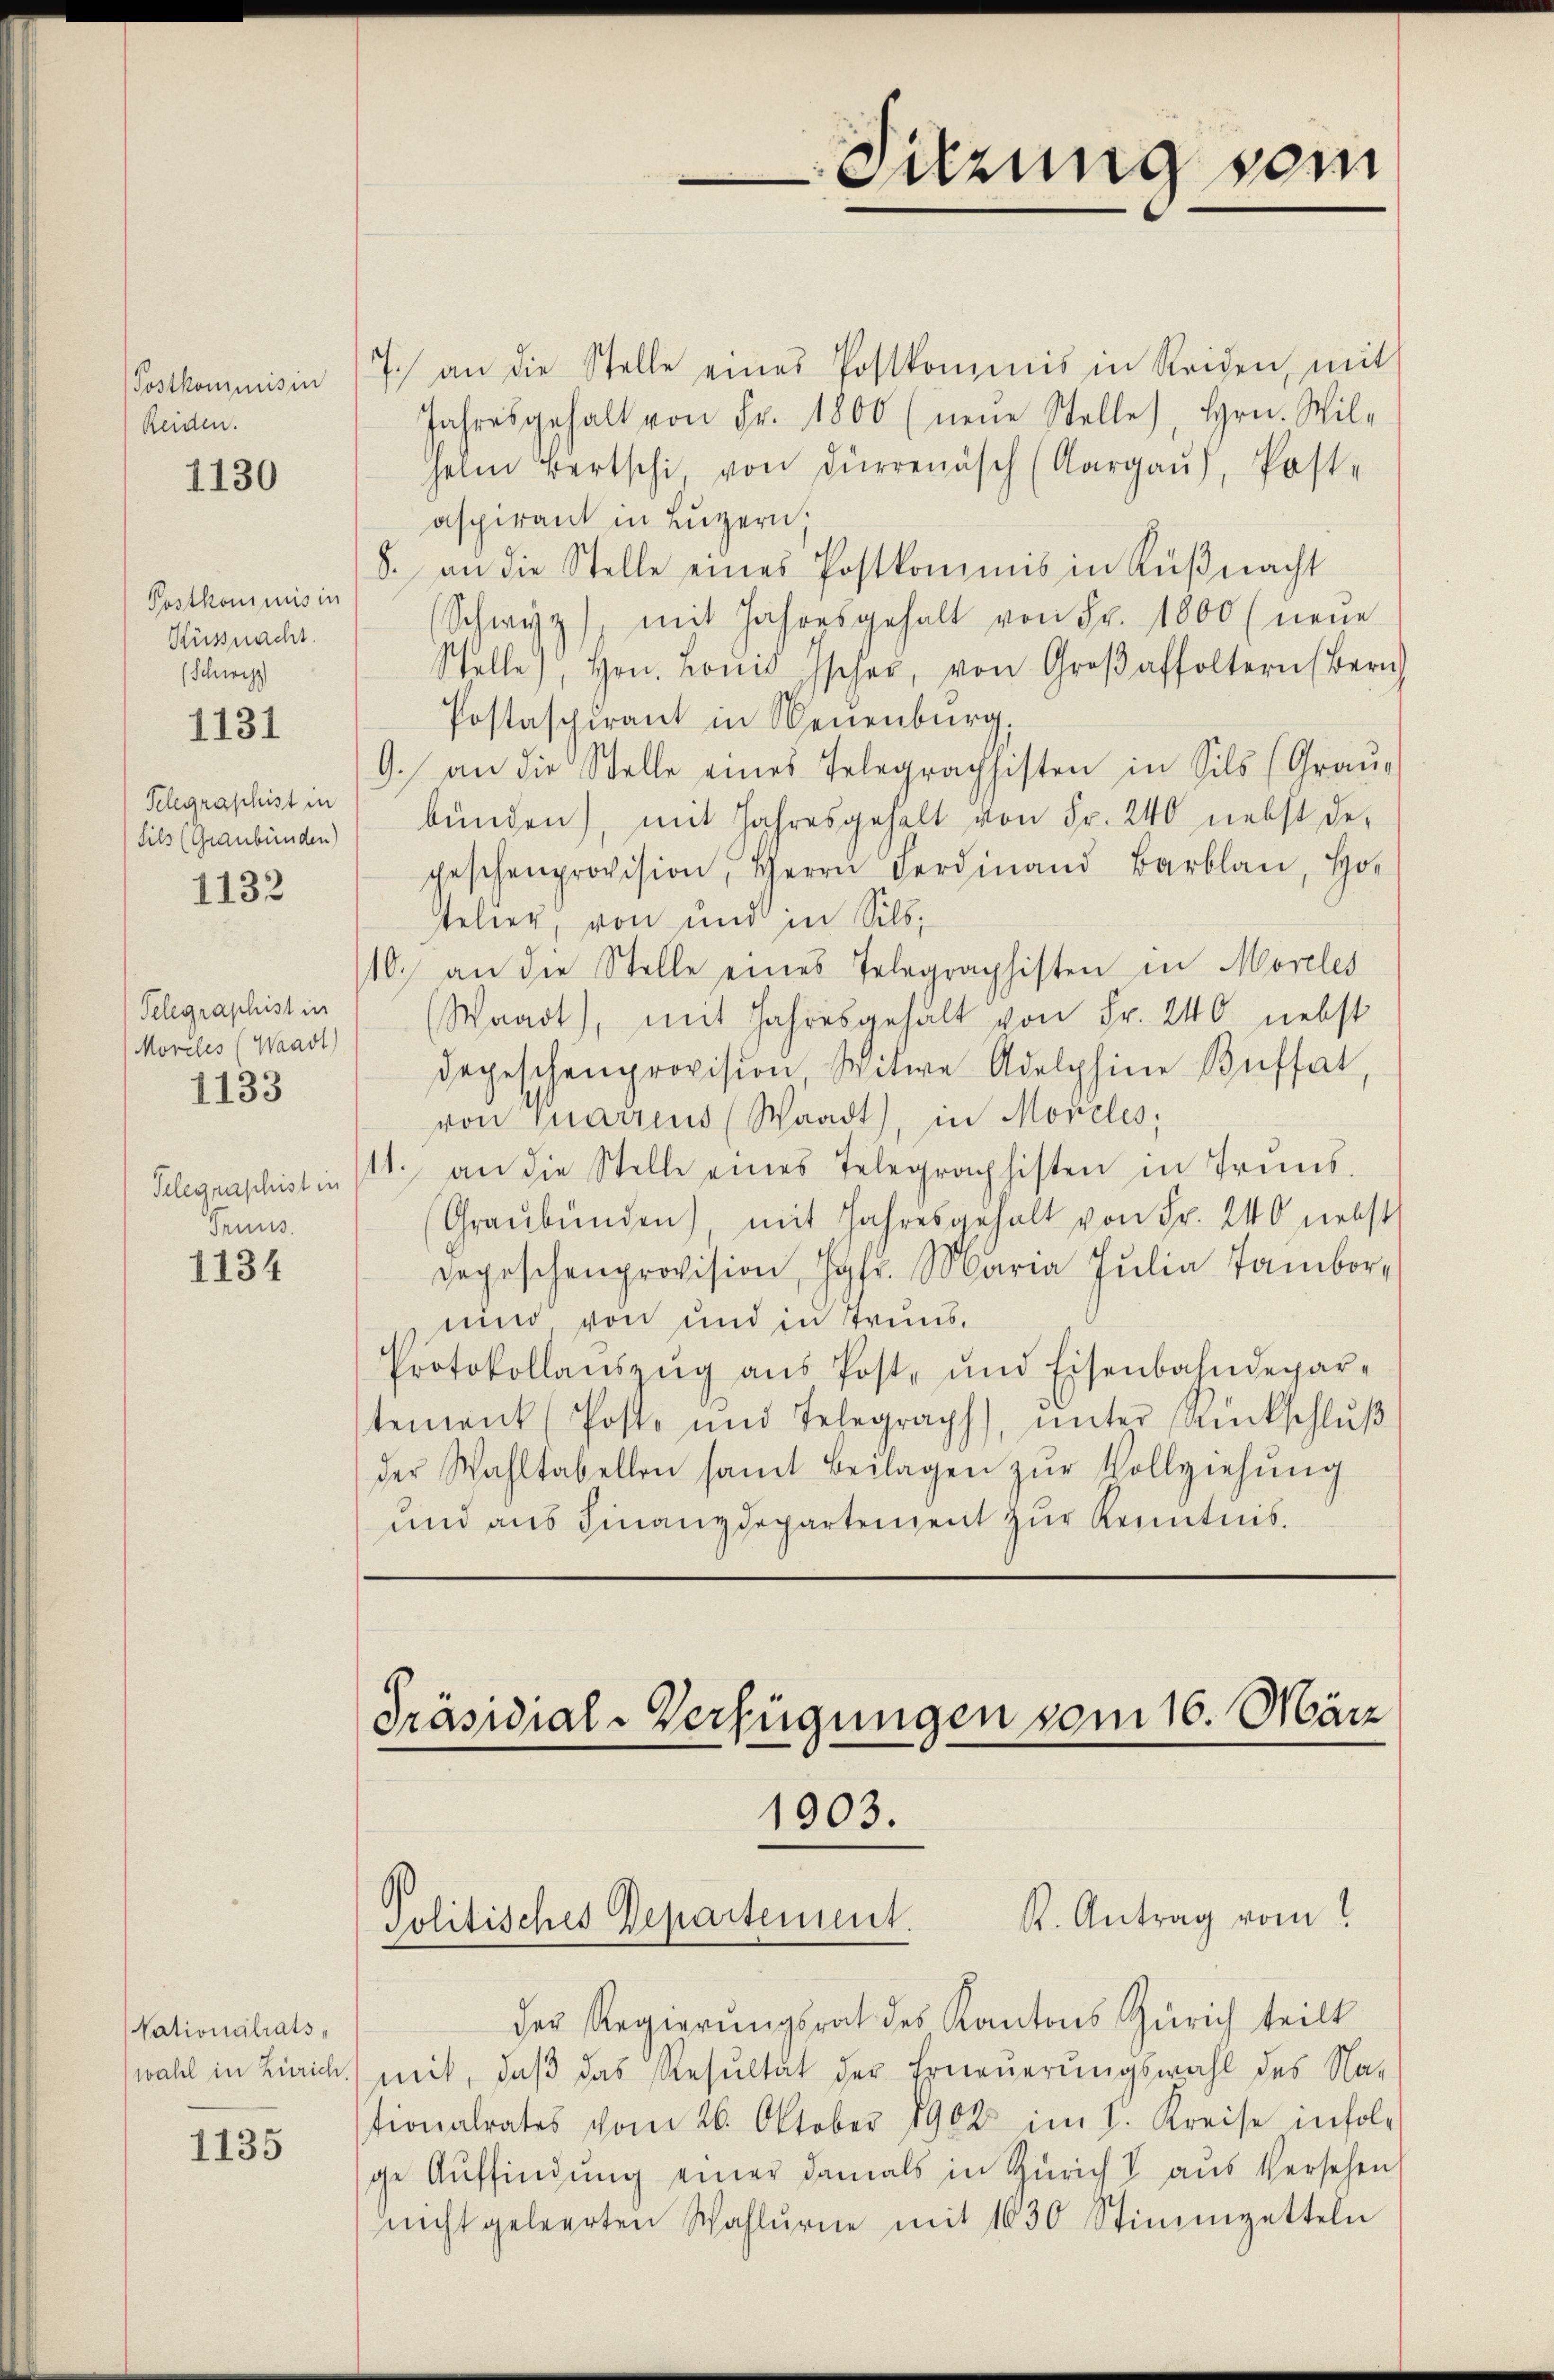
Postkommisin
Reiden.

1130

Postkommis in
Küsnacht.
(Schwyz)

1131

Telegraphist in
Sils (Graubünden)
1132

Telegraphist in
Moreles (Waadt)
1133

Truus.

1134

Nationalrats,
wahl in Zürich.

1135

Sitzung sein

7.) an die Stelle eines Postkommis in Reiden, mit
Jahresgehalt von Fr. 1800 (neŭe Stelle, Hrn. Wil-
helm Bertschi, von Dürrenäsch (Aargaŭ, Poste
aspirant in Luzern,
8. an die Stelle eines Postkommis in Küβnacht
Schwyz), mit Jahresgehalt von Fr. 1800 (neŭe
Stelle, Hrn. Lonis Ischer, von Groβaffoltern (Zürich
Postaspirant in Neuenburg,
9. an die Stelle eines Telegrachsisten in Sils (Grau-
bünden), mit Jahresgehalt von Fr. 240 nebst de-
geschenprovision, Herrn Feria Baran, Ho
telier, von und in Silb
10. an die Stelle eines Telegraphisten in Moreles
(Waadt, mit Jahresgehalt von Fr. 240 nebst
degeschenprovision Witwe Adelphine Büffat,
von Quarrens (Waadt, in Morcles;
Telegraphistin (1. an die Stelle eines Telegraphisten in Trŭns-
(Graŭbŭnden), mit Jahresgehalt von Fr. 240 nebst
Depeschenprovision, Hof. Maria Julia Tambor
unnd von und in Trund¬
Protokollaŭszŭg aŭs Post- und Eisenbahndepar-
temank (Post und Telegraph), ŭnter Rückschlŭβ
der Wahltabellen samt Beilagen zŭr Vollziehŭng
und aus Finanzdepartement zur Kenntnis.

Präsidial-Verfügungen vom 16. März
1903.
K. Antrag vom
Politisches Departement.

der Regierungsrat des Kantons Zürich teilt
mit, daß das Resultat der Erneuerungswahl des Nationalrates vom 26. Oktober 1902 im I. Kreise infolge Auffindung einer damals in Zürich V aus Versehen
nicht geleerten Wahlurne mit 1630 Stimmzetteln